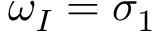
\omega _ { I } = \sigma _ { 1 }